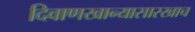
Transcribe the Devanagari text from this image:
दिवाणखान्यासारखाच